Civil Veterinary Department Bengal reports 1933-51 - 1933-1951
Year: 1933
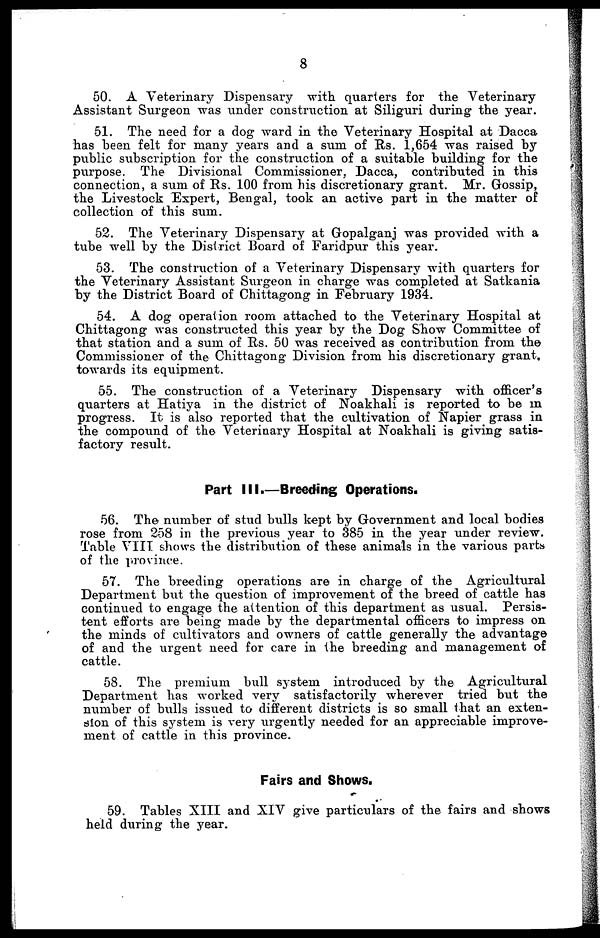
8
50. A Veterinary Dispensary with quarters for the Veterinary
Assistant Surgeon was under construction at Siliguri during the year.
51. The need for a dog ward in the Veterinary Hospital at Dacca
has been felt for many years and a sum of Rs. 1,654 was raised by
public subscription for the construction of a suitable building for the
purpose. The Divisional Commissioner, Dacca, contributed in this
connection, a sum of Rs. 100 from his discretionary grant. Mr. Gossip,
the Livestock Expert, Bengal, took an active part in the matter of
collection of this sum.
52. The Veterinary Dispensary at Gopalganj was provided with a
tube well by the District Board of Faridpur this year.
53. The construction of a Veterinary Dispensary with quarters for
the Veterinary Assistant Surgeon in charge was completed at Satkania
by the District Board of Chittagong in February 1934.
54. A dog operation room attached to the Veterinary Hospital at
Chittagong was constructed this year by the Dog Show Committee of
that station and a sum of Rs. 50 was received as contribution from the
Commissioner of the Chittagong Division from his discretionary grant.
towards its equipment.
55. The construction of a Veterinary Dispensary with officer's
quarters at Hatiya in the district of Noakhali is reported to be in
progress. It is also reported that the cultivation of Napier grass in
the compound of the Veterinary Hospital at Noakhali is giving satis-
factory result.
Part III.—Breeding Operations.
56. The number of stud bulls kept by Government and local bodies
rose from 258 in the previous year to 385 in the year under review.
Table VIII shows the distribution of these animals in the various parts
of the province.
57. The breeding operations are in charge of the Agricultural
Department but the question of improvement of the breed of cattle has
continued to engage the attention of this department as usual. Persis-
tent efforts are being made by the departmental officers to impress on
the minds of cultivators and owners of cattle generally the advantage
of and the urgent need for care in the breeding and management of
cattle.
58. The premium bull system introduced by the Agricultural
Department has worked very satisfactorily wherever tried but the
number of bulls issued to different districts is so small that an exten-
sion of this system is very urgently needed for an appreciable improve-
ment of cattle in this province.
Fairs and Shows.
59. Tables XIII and XIV give particulars of the fairs and shows
held during the year.